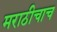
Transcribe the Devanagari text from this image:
मराठीचाच